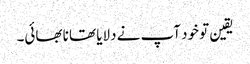
یقین تو خود آپ نے دلایا تھا نا بھائی۔